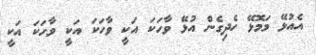
އެއުޅޭ މަމޮޅޭ ހެދިގެން އުޅޭ ވާހަކަ އަކީ ވާހަކަ އަކީ ވާހަކަ އަކީ